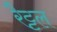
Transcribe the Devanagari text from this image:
रैट्टल